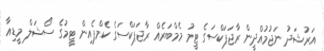
އަރުޝަދު ނަޖުމުއްދީން ރާޖަޕަކްސަގެ ޓީމު މެމްބަރެއް ރާޖަޕަކްސަގެ ކެމްޕެއިން ޓީމުގެ ސޯޝަލް މީޑިއާ